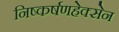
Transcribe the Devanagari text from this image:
निष्कर्षणहेक्सेन